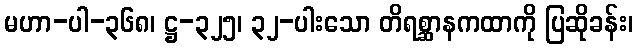
မဟာ-ပါ-၃၆၈၊ ဋ္ဌ-၃၂၅၊ ၃၂-ပါးသော တိရစ္ဆာနကထာကို ပြဆိုခန်း၊